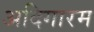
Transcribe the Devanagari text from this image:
अदिगारम